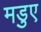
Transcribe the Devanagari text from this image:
मडुए